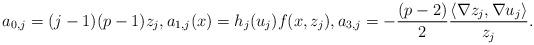
LaTeX: \begin{align*} a_{0,j}=(j-1)(p-1)z_j,a_{1,j}(x)=h_j(u_j) f(x,z_j),a_{3,j}=-\frac{(p-2)}{2}\frac{\langle \nabla z_j,\nabla u_j\rangle}{z_j} .\end{align*}